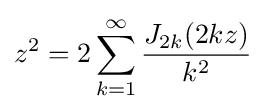
z^{2}=2\sum _{k=1}^{\infty }{\frac {J_{2k}(2kz)}{k^{2}}}